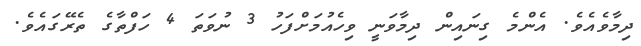
ދިމާވެއެވެ. އެންމެ ގިނައިން ދިމާވަނީ ވިހެއުމަށްފަހު 3 ނުވަތަ 4 ހަފްތާގެ ތެރޭގައެވެ.